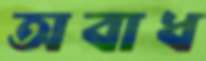
অবাধ